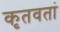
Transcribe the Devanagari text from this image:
कृतवतां